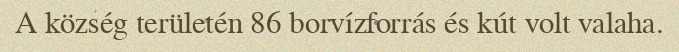
A község területén 86 borvízforrás és kút volt valaha.